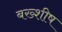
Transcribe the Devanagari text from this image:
बख्शीष